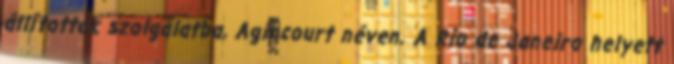
állították szolgálatba, Agincourt néven. A Rio de Janeiro helyett